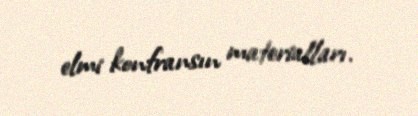
elmi konfransın materialları.